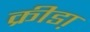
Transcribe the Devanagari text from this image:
क्रीडा़